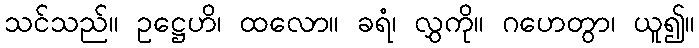
သင်သည်။ ဥဋ္ဌေဟိ၊ ထလော။ ခရံ၊ လွှကို။ ဂဟေတွာ၊ ယူ၍။